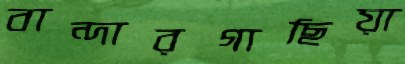
বান্দারগাছিয়া